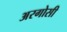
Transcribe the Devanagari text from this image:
अरगोसी